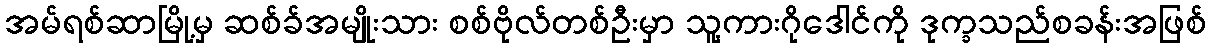
အမ်ရစ်ဆာမြို့မှ ဆစ်ခ်အမျိုးသား စစ်ဗိုလ်တစ်ဦးမှာ သူ့ကားဂိုဒေါင်ကို ဒုက္ခသည်စခန်းအဖြစ်